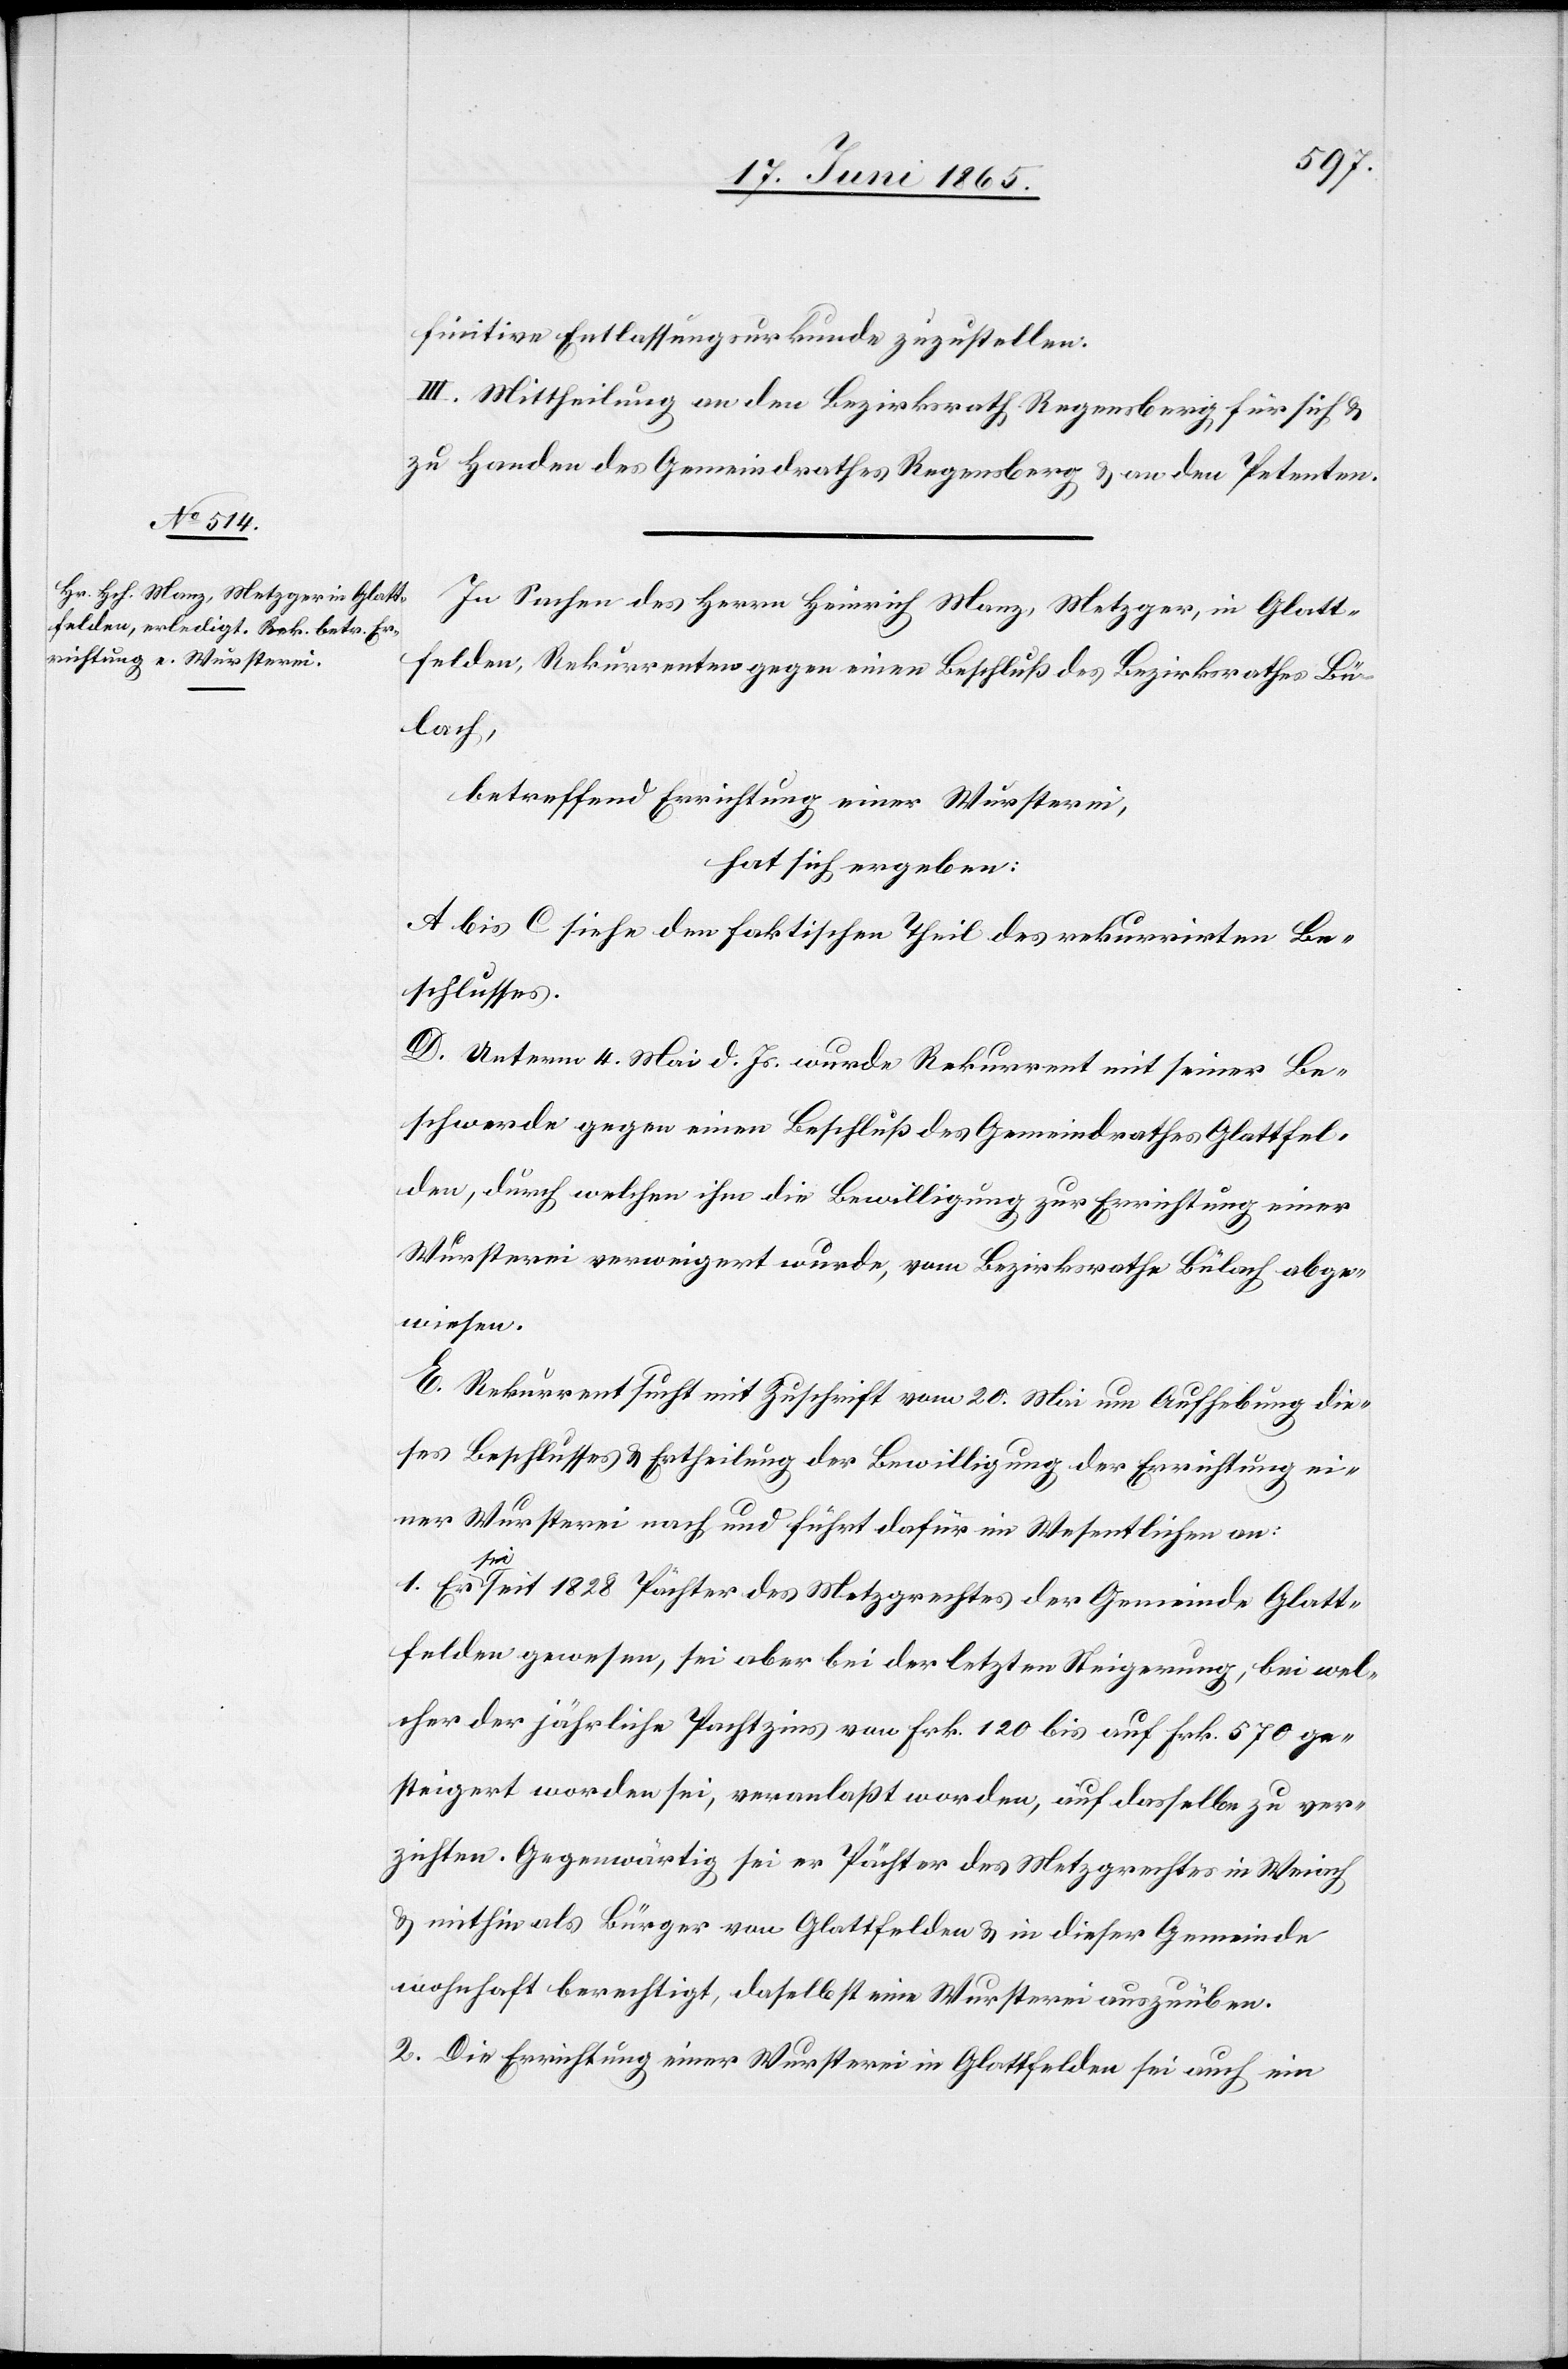
finitive Entlassungsurkunde zuzustellen.
III. Mittheilung an den Bezirksrath Regensberg, für sich &
zu Handen des Gemeindrathes Regensberg & an den Petenten.
In Sachen des Herrn Heinrich Manz, Metzger, in Glatt¬
felden, Rekurrenten gegen einen Beschluß des Bezirksrathes Bü¬
lach,
betreffend Errichtung einer Wursterei,
hat sich ergeben:
A bis C siehe den faktischen Theil des rekurrirten Be¬
schlusses.
D. Unterm 4. Mai d. Js. wurde Rekurrent mit seiner Be¬
schwerde gegen einen Beschluß des Gemeindrathes Glattfel¬
den, durch welchen ihm die Bewilligung zur Errichtung einer
Wursterei verweigert wurde, vom Bezirksrathe Bülach abge¬
wiesen.
E. Rekurrent sucht mit Zuschrift vom 20. Mai um Aufhebung die¬
ses Beschlusses & Ertheilung der Bewilligung der Errichtung ei¬
ner Wursterei nach und führt dafür im Wesentlichen an:
1. Er sei seit 1828 Pächter des Metzgrechtes der Gemeinde Glatt¬
felden gewesen, sei aber bei der letzten Steigerung, bei wel¬
cher der jährliche Pachtzins von Frk. 120 bis auf Frk. 570 ge¬
steigert worden sei, veranlaßt worden, auf dasselbe zu ver¬
zichten. Gegenwärtig sei er Pächter des Metzgrechtes in Weiach
& mithin als Bürger von Glattfelden & in dieser Gemeinde
wohnhaft berechtigt, daselbst eine Wursterei auszuüben.
2. Die Errichtung einer Wursterei in Glattfelden sei auch ein